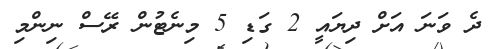
ދެ ވަނަ އަށް ދިޔައީ 2 ގަޑި 5 މިނެޓުން ރޭސް ނިންމި